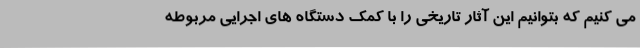
می کنیم که بتوانیم این آثار تاریخی را با کمک دستگاه های اجرایی مربوطه